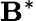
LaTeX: \mathbf{B}^{*}